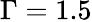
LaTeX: \Gamma=1.5